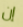
إن